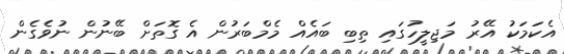
އެކަމަކު އޭރު މަޖިލީހުގައި ތިބި ބައެއް މެމްބަރުން އެ ގޮތަށް ބޭނުން ނުވެގެން